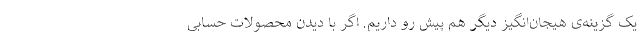
یک گزینه‌ی هیجان‌انگیز دیگر هم پیش رو داریم. اگر با دیدن محصولات حسابی